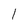
Character: l